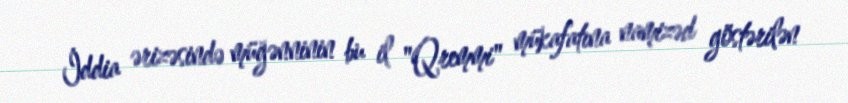
İddia ərizəsində müğənninin bu il "Qremmi" mükafatına namizəd göstərilən